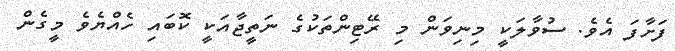
ފަށާފަ އެވެ. ސުވާލަކީ މިނިވަން މި ރޭޓިންތަކުގެ ނަތީޖާއަކީ ކޮބައި ހެއްޔެވެ މީގެން